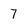
Character: 7